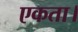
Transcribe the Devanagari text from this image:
एकता।